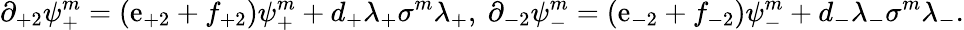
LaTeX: \partial_{+2}\psi_{+}^{m}=(\mathrm{e}_{+2}+f_{+2})\psi_{+}^{m}+d_{+}\lambda_{+}\sigma^{m}\lambda_{+},\ \partial_{-2}\psi_{-}^{m}=(\mathrm{e}_{-2}+f_{-2})\psi_{-}^{m}+d_{-}\lambda_{-}\sigma^{m}\lambda_{-}.